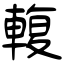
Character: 輹